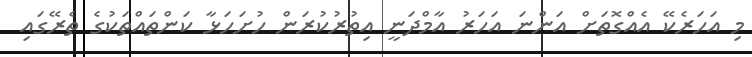
މި އަހަރެކޭ އެއްގޮތަށް އަންނަ އަހަރު އާމްދަނީ އިތުރުކުރަން ހުށަހަޅާ ކަންތައްތަކުގެ ތެރޭގައި